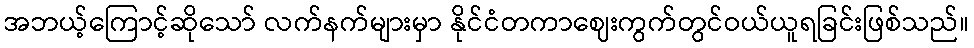
အဘယ့်ကြောင့်ဆိုသော် လက်နက်များမှာ နိုင်ငံတကာဈေးကွက်တွင်ဝယ်ယူရခြင်းဖြစ်သည်။